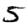
Digit: 5